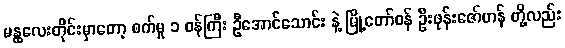
မန္ထလေးတိုင်းမှာတော့ စက်မှု ၁ ဝန်ကြီး ဦအောင်သောင်း နဲ့ မြို့တော်ဝန် ဦးဖုန်းဇော်ဟန် တို့လည်း